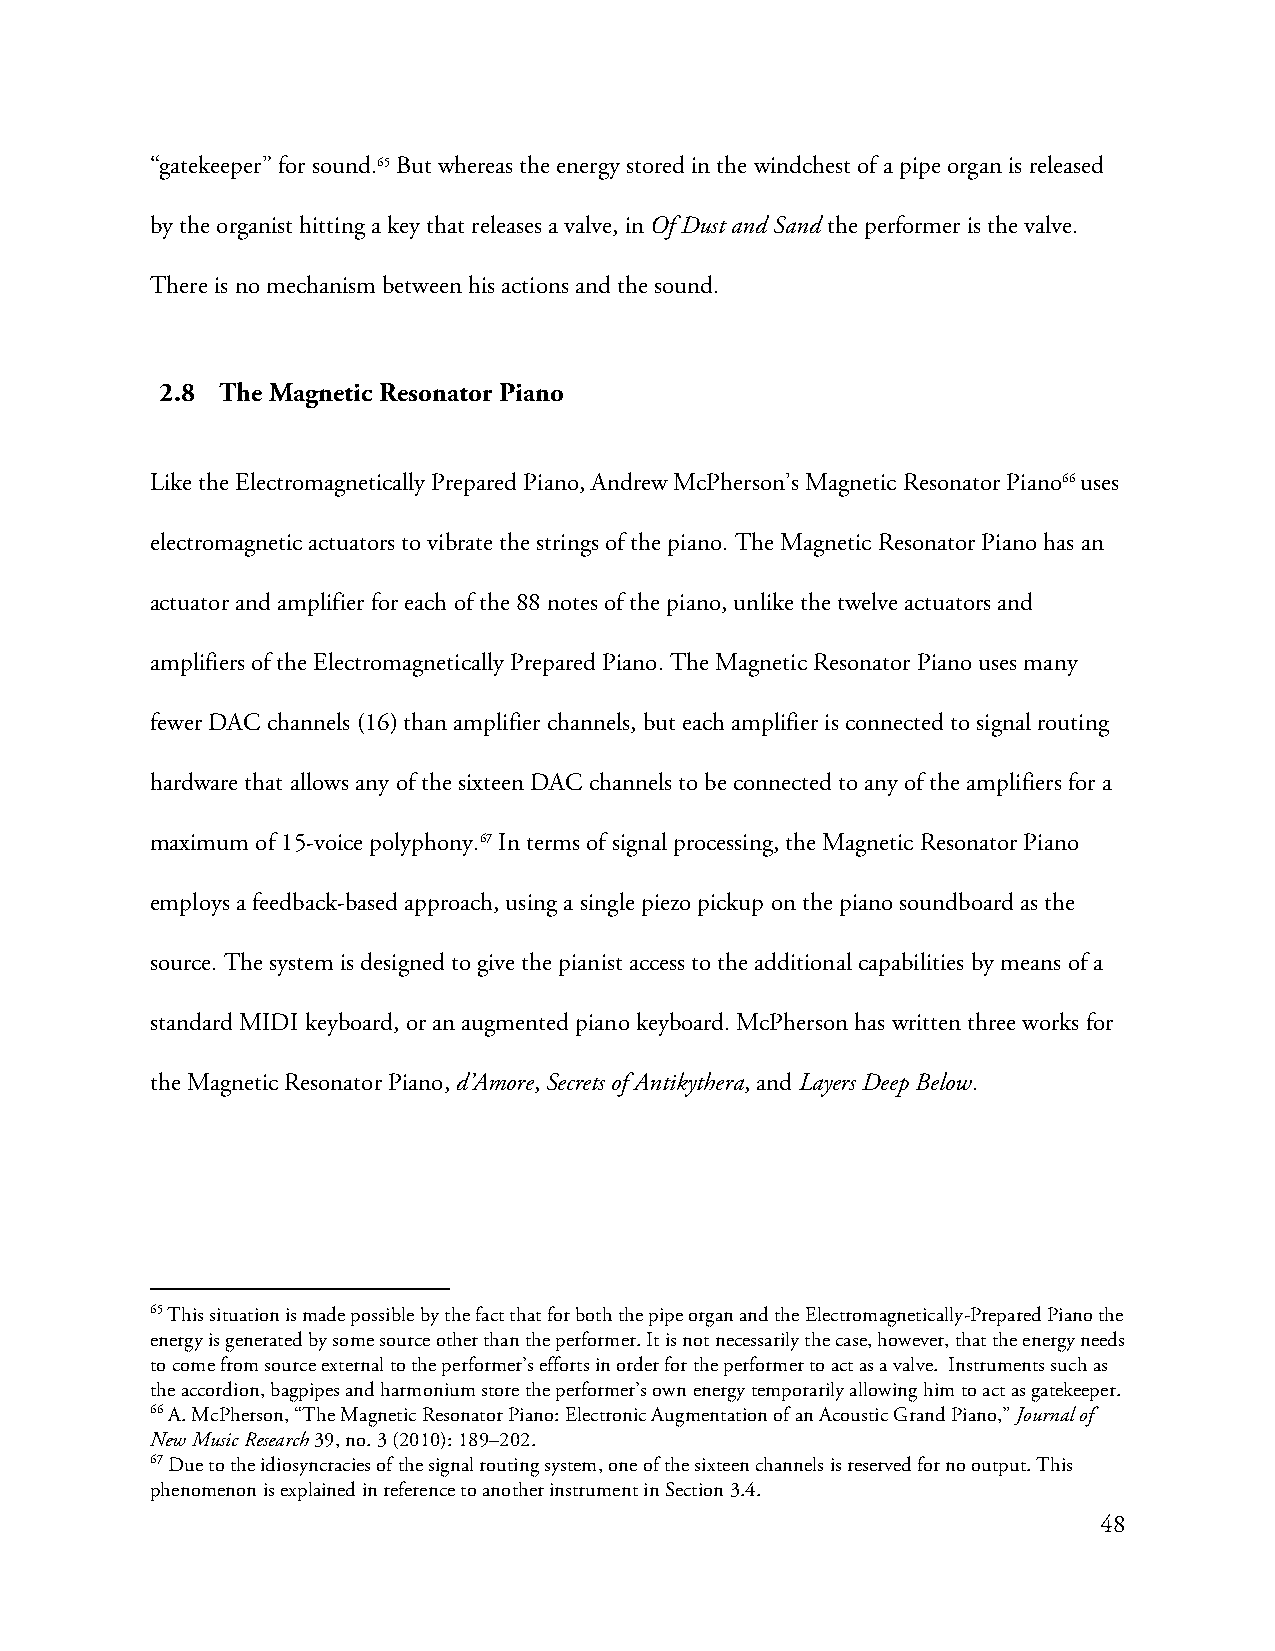
“gatekeeper” for sound.65 But whereas the energy stored in the windchest of a pipe organ is released
 by the organist hitting a key that releases a valve, in Of Dust and Sand the performer is the valve.
 There is no mechanism between his actions and the sound.
 2.8 The Magnetic Resonator Piano
 Like the Electromagnetically Prepared Piano, Andrew McPherson’s Magnetic Resonator Piano66 uses
 electromagnetic actuators to vibrate the strings of the piano. The Magnetic Resonator Piano has an
 actuator and amplifier for each of the 88 notes of the piano, unlike the twelve actuators and
 amplifiers of the Electromagnetically Prepared Piano. The Magnetic Resonator Piano uses many
 fewer DAC channels (16) than amplifier channels, but each amplifier is connected to signal routing
 hardware that allows any of the sixteen DAC channels to be connected to any of the amplifiers for a
 maximum of 15-voice polyphony.67 In terms of signal processing, the Magnetic Resonator Piano
 employs a feedback-based approach, using a single piezo pickup on the piano soundboard as the
 source. The system is designed to give the pianist access to the additional capabilities by means of a
 standard MIDI keyboard, or an augmented piano keyboard. McPherson has written three works for
 the Magnetic Resonator Piano, d’Amore, Secrets of Antikythera, and Layers Deep Below.
 65 This situation is made possible by the fact that for both the pipe organ and the Electromagnetically-Prepared Piano the
 energy is generated by some source other than the performer. It is not necessarily the case, however, that the energy needs
 to come from source external to the performer’s efforts in order for the performer to act as a valve. Instruments such as
 the accordion, bagpipes and harmonium store the performer’s own energy temporarily allowing him to act as gatekeeper.
 66 A. McPherson, “The Magnetic Resonator Piano: Electronic Augmentation of an Acoustic Grand Piano,” Journal of
 New Music Research 39, no. 3 (2010): 189–202.
 67 Due to the idiosyncracies of the signal routing system, one of the sixteen channels is reserved for no output. This
 phenomenon is explained in reference to another instrument in Section 3.4.
 48